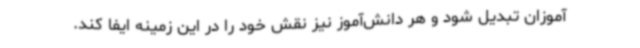
آموزان تبدیل شود و هر دانش‌آموز نیز نقش خود را در این زمینه ایفا کند.